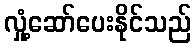
လှုံ့ဆော်ပေးနိုင်သည်